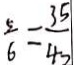
\frac { 5 } { 6 } = \frac { 3 5 } { 4 7 }